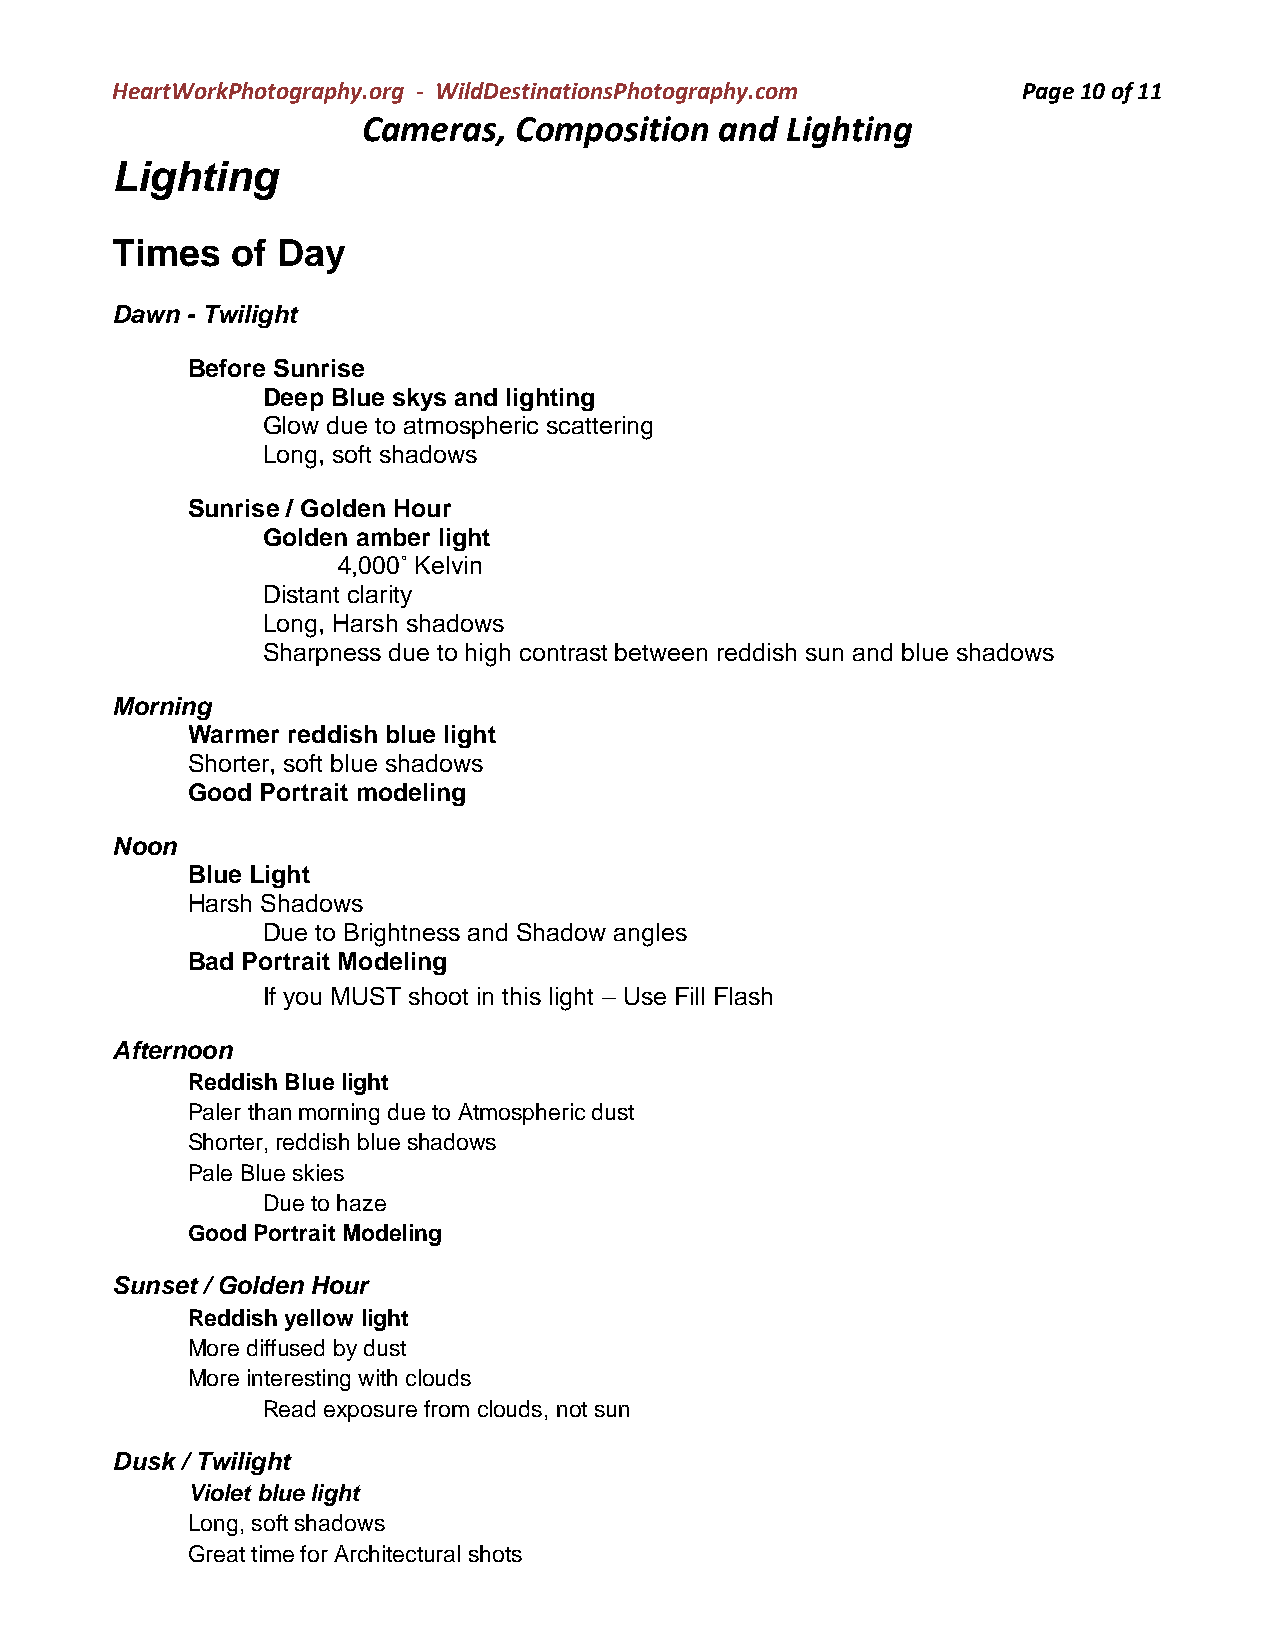
HeartWorkPhotography.org - WildDestinationsPhotography.com   Page 10 of 11
 Cameras,  Composition   and Lighting
 Lighting
 Times   of Day
 Dawn - Twilight
 Before Sunrise
 Deep Blue skys and lighting
 Glow due to atmospheric scattering
 Long, soft shadows
 Sunrise / Golden Hour
 Golden amber light
 4,000˚ Kelvin
 Distant clarity
 Long, Harsh shadows
 Sharpness due to high contrast between reddish sun and blue shadows
 Morning
 Warmer reddish blue light
 Shorter, soft blue shadows
 Good Portrait modeling
 Noon
 Blue Light
 Harsh Shadows
 Due to Brightness and Shadow angles
 Bad Portrait Modeling
 If you MUST shoot in this light – Use Fill Flash
 Afternoon
 Reddish Blue light
 Paler than morning due to Atmospheric dust
 Shorter, reddish blue shadows
 Pale Blue skies
 Due to haze
 Good Portrait Modeling
 Sunset / Golden Hour
 Reddish yellow light
 More diffused by dust
 More interesting with clouds
 Read exposure from clouds, not sun
 Dusk / Twilight
 Violet blue light
 Long, soft shadows
 Great time for Architectural shots